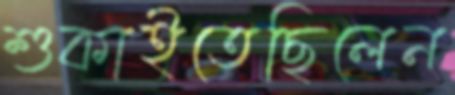
শুকাইতেছিলেন